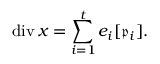
\operatorname { d i v } x = \sum _ { i = 1 } ^ { t } e _ { i } [ { \mathfrak { p } } _ { i } ] .